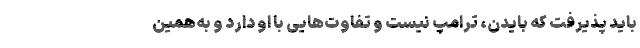
باید پذیرفت که بایدن، ترامپ نیست و تفاوت‌هایی با او دارد و به‌همین